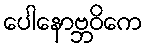
ပေါနောဗ္ဘဝိကေ